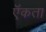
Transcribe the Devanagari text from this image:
ऍकता